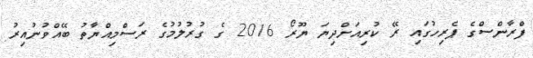
ފްރާންސްގެ ޕެރިހުގައި ރޭ ކުރިއަށްދިޔަ ޔޫރޯ 2016 ގެ ގުރުލުމުގެ ރަސްމިއްޔާތު ބޭއްވުނުއިރު